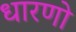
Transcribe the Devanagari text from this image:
धारणो